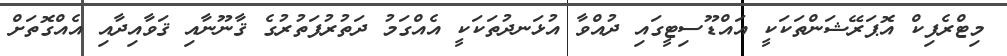
މިޓްރެފިކް އޮޕަރޭޝަންތަކަކީ އައްޑޫސިޓީގައި ދުއްވާ އުޅަނދުތަކަކީ އެއްގަމު ދަތުރުފަތުރުގެ ޤާނޫނާއި ޤަވާއިދާއި އެއްގޮތަށް